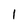
Character: l